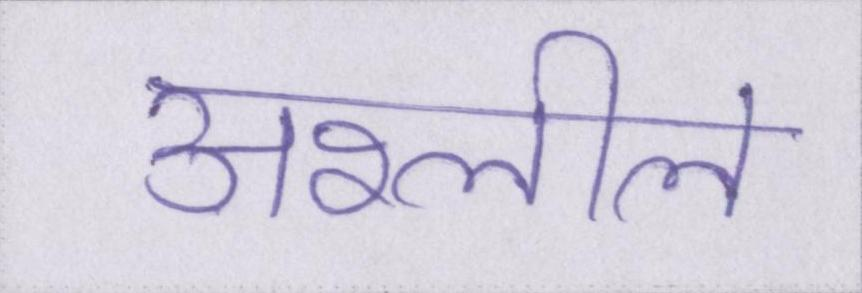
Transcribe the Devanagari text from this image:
अश्लील